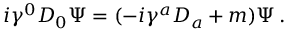
i \gamma ^ { 0 } D _ { 0 } \Psi = ( - i \gamma ^ { a } D _ { a } + m ) \Psi \, .